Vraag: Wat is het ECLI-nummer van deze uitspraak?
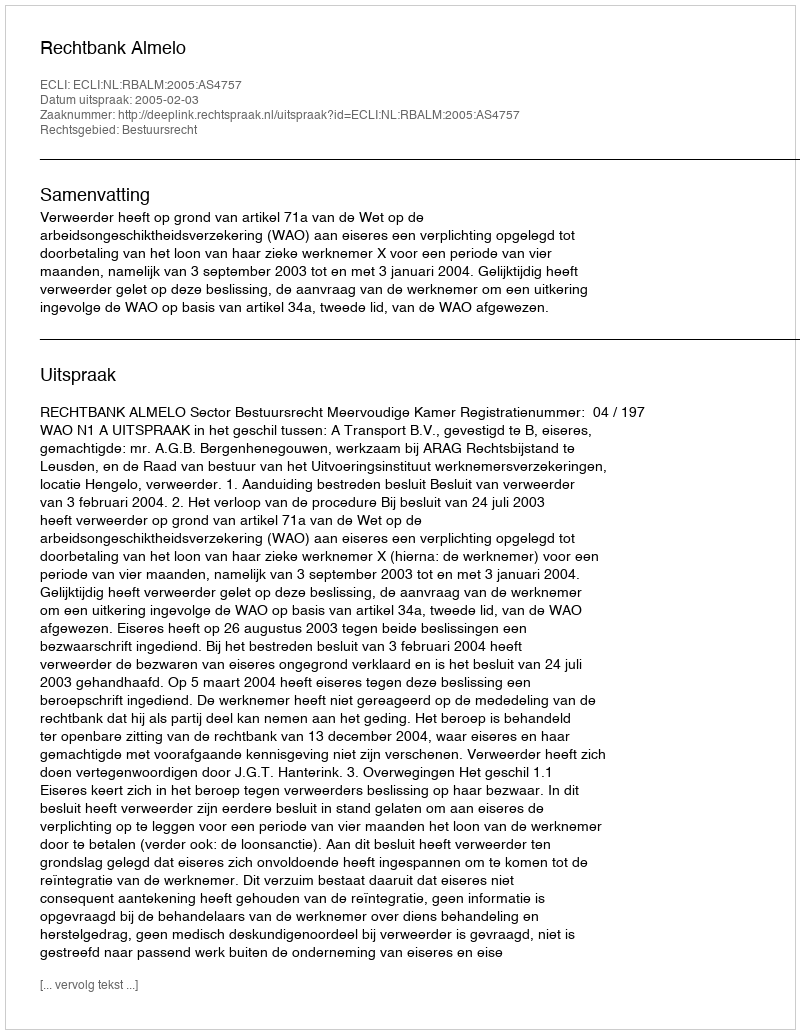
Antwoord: ECLI:NL:RBALM:2005:AS4757